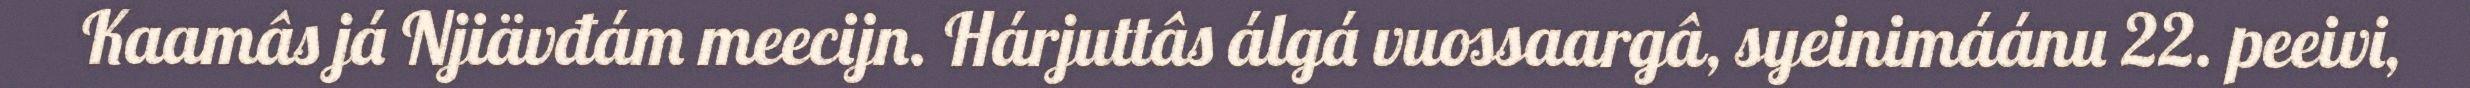
Kaamâs já Njiävđám meecijn. Hárjuttâs álgá vuossaargâ, syeinimáánu 22. peeivi,